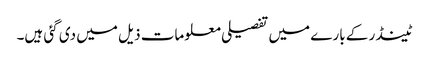
ٹینڈر کے بارے میں تفصیلی معلومات ذیل میں دی گئی ہیں۔